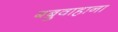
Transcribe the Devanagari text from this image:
बब्रुवाहाना